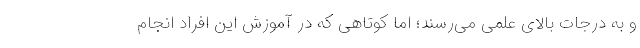
و به درجات بالای علمی می‌رسند؛ اما کوتاهی که در آموزش این افراد انجام